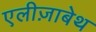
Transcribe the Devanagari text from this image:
एलीज़ाबेथ